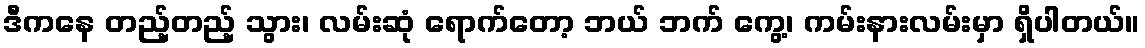
ဒီကနေ တည့်တည့် သွား၊ လမ်းဆုံ ရောက်တော့ ဘယ် ဘက် ကွေ့၊ ကမ်းနားလမ်းမှာ ရှိပါတယ်။